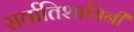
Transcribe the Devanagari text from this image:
सर्वातिशायिनी